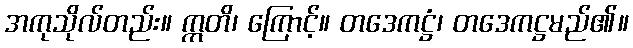
အကုသိုလ်တည်း။ ဣတိ၊ ကြောင့်။ တဒေကဋ္ဌံ၊ တဒေကဋ္ဌမည်၏။